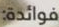
فوائدة: